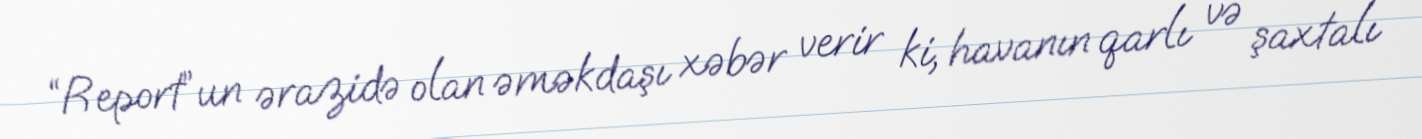
“Report”un ərazidə olan əməkdaşı xəbər verir ki, havanın qarlı və şaxtalı